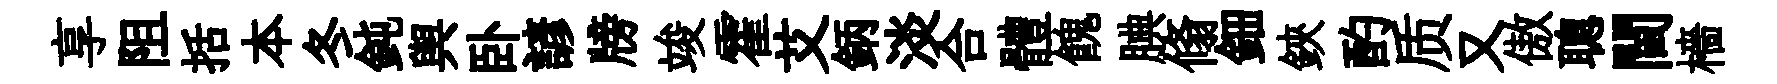
享阻括本冬鈍舆卧諺牓竣霍艾鈵淡合體餽腆翛鈿鋏酌质又傲聰閫檣